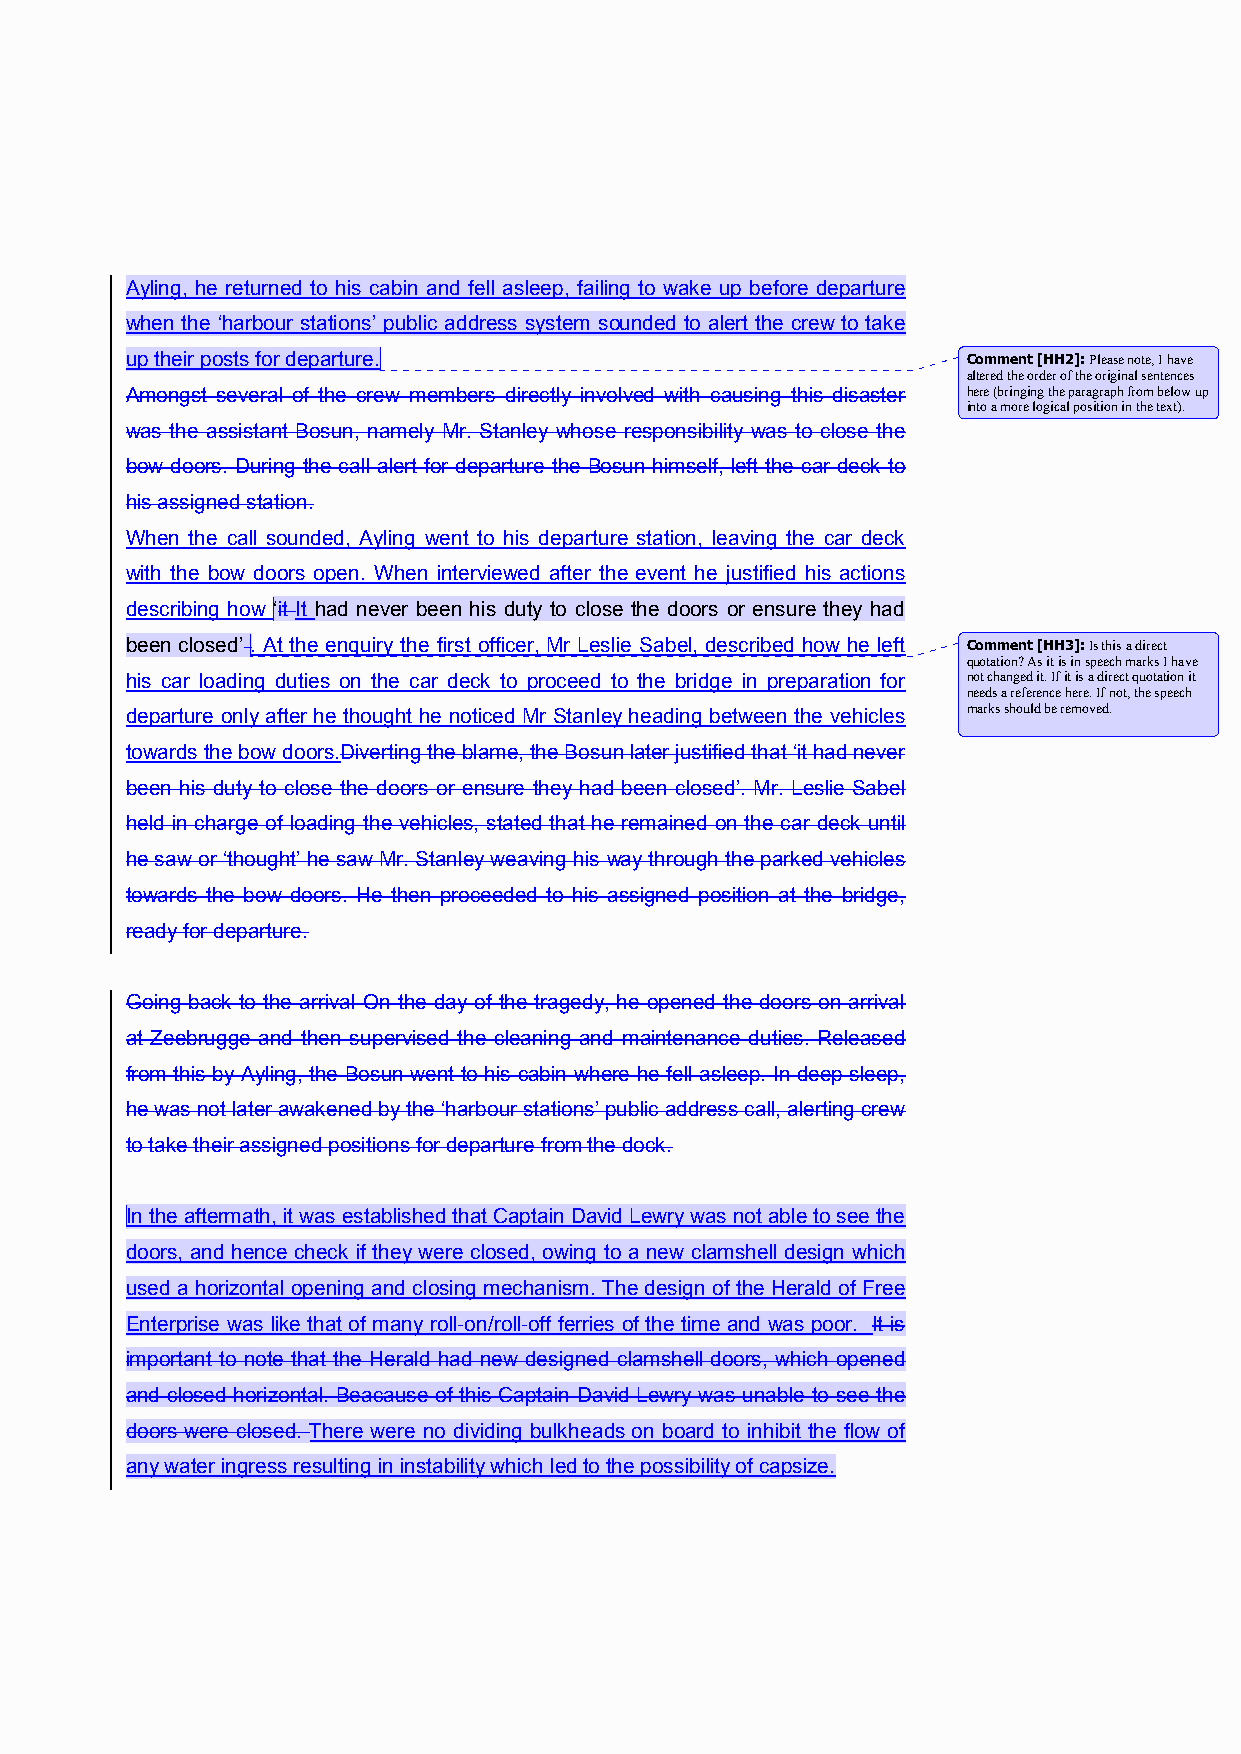
Ayling, he returned to his cabin and fell asleep, failing to wake up before departure
 when the ‘harbour stations’ public address system sounded to alert the crew to take
 up their posts for departure.                           Comment [HH2]: Please note, I have
 altered the order of the original sentences
 Amongst several of the crew members directly involved with causing this disaster here (bringing the paragraph from below up
 into a more logical position in the text).
 was the assistant Bosun, namely Mr. Stanley whose responsibility was to close the
 bow doors. During the call alert for departure the Bosun himself, left the car deck to
 his assigned station.
 When the call sounded, Ayling went to his departure station, leaving the car deck
 with the bow doors open. When interviewed after the event he justified his actions
 describing how ‘it It had never been his duty to close the doors or ensure they had
 been closed’ . At the enquiry the first officer, Mr Leslie Sabel, described how he left Comment [HH3]: Is this a direct
 quotation? As it is in speech marks I have
 his car loading duties on the car deck to proceed to the bridge in preparation for not changed it. If it is a direct quotation it
 needs a reference here. If not, the speech
 departure only after he thought he noticed Mr Stanley heading between the vehicles marks should be removed.
 towards the bow doors.Diverting the blame, the Bosun later justified that ‘it had never
 been his duty to close the doors or ensure they had been closed’. Mr. Leslie Sabel
 held in charge of loading the vehicles, stated that he remained on the car deck until
 he saw or ‘thought’ he saw Mr. Stanley weaving his way through the parked vehicles
 towards the bow doors. He then proceeded to his assigned position at the bridge,
 ready for departure.
 Going back to the arrival On the day of the tragedy, he opened the doors on arrival
 at Zeebrugge and then supervised the cleaning and maintenance duties. Released
 from this by Ayling, the Bosun went to his cabin where he fell asleep. In deep sleep,
 he was not later awakened by the ‘harbour stations’ public address call, alerting crew
 to take their assigned positions for departure from the dock.
 In the aftermath, it was established that Captain David Lewry was not able to see the
 doors, and hence check if they were closed, owing to a new clamshell design which
 used a horizontal opening and closing mechanism. The design of the Herald of Free
 Enterprise was like that of many roll-on/roll-off ferries of the time and was poor. It is
 important to note that the Herald had new designed clamshell doors, which opened
 and closed horizontal. Beacause of this Captain David Lewry was unable to see the
 doors were closed. There were no dividing bulkheads on board to inhibit the flow of
 any water ingress resulting in instability which led to the possibility of capsize.